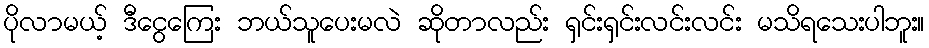
ပိုလာမယ့် ဒီငွေကြေး ဘယ်သူပေးမလဲ ဆိုတာလည်း ရှင်းရှင်းလင်းလင်း မသိရသေးပါဘူး။